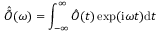
\hat { \tilde { O } } ( \omega ) = \int _ { - \infty } ^ { \infty } \hat { O } ( t ) \exp ( \mathrm { i } \omega t ) \mathrm { d } t